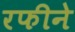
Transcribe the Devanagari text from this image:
रफीने